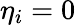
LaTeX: \eta_{i}=0